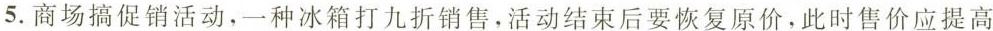
5.商场搞促销活动，一种冰箱打九折销售，活动结束后要恢复原价。此时售价应提高